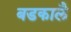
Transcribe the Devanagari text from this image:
बडकालै